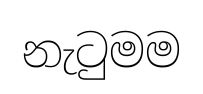
නැටුමම